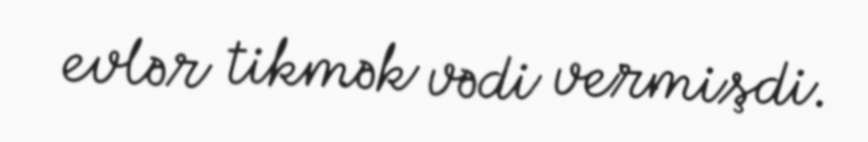
evlər tikmək vədi vermişdi.